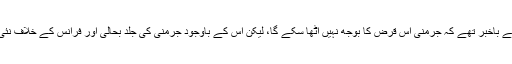
کلیمنساؤ اس بات سے باخبر تھے کہ جرمنی اس قرض کا بوجھ نہيں اٹھا سکے گا، لیکن اس کے باوجود جرمنی کی جلد بحالی اور فرانس کے خلاف نئی جنگ کا خوف تھا۔